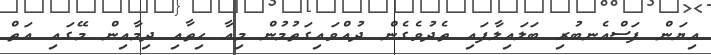
އިޔަން ފަސްއެނބުރި ބަލައިލާފައި ތެދުވެގެން ދުއްވައިގަތުމުން މިއާ ހިތާއި ދިމާއިން މޭގައި އަތް